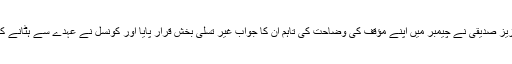
جسٹس شوکت عزیز صدیقی نے چیمبر میں اپنے مؤقف کی وضاحت کی تاہم ان کا جواب غیر تسلی بخش قرار پایا اور کونسل نے عہدے سے ہٹانے کی سفارش کردی۔